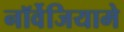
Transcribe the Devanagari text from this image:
नॉर्वेजियामे